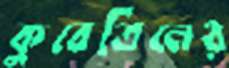
কুবের্তিনের